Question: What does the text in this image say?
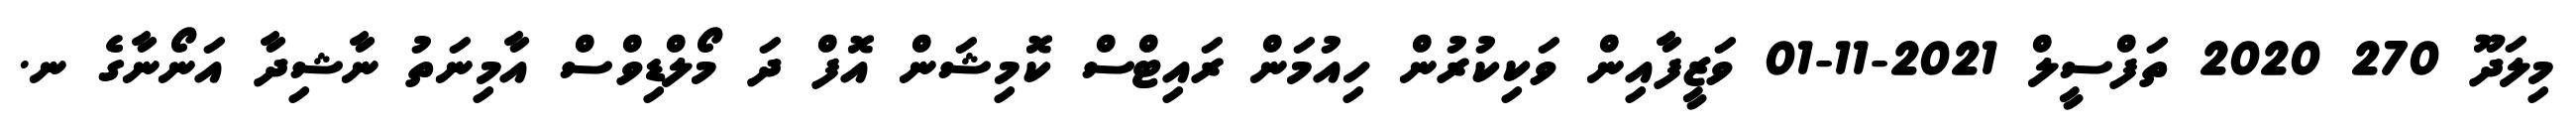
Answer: މިލަދޫ 270 2020 ތަފްސީލް 2021-11-01 ވަޒީފާއިން ވަކިކުރުން ހިއުމަން ރައިޓްސް ކޮމިޝަން އޮފް ދަ މޯލްޑިވްސް އާމިނަތު ނާޝިދާ އަނޯނާގެ ނ.